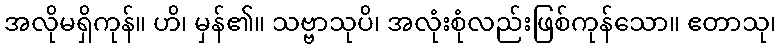
အလိုမရှိကုန်။ ဟိ၊ မှန်၏။ သဗ္ဗာသုပိ၊ အလုံးစုံလည်းဖြစ်ကုန်သော။ ဧတာသု၊